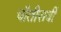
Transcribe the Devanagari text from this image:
चौतीसवीं